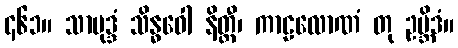
၄၆၁။ သာမုဒ္ဒံ သိန္ဓဝေါ နိတ္ထီ၊ ကာဠလောဏံ တု ဥဗ္ဘိဒံ။